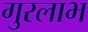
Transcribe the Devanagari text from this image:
गुरलाभ